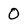
Character: 0